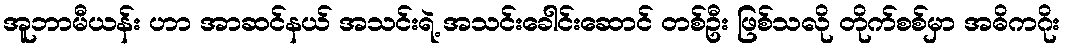
အူဘာမီယန်း ဟာ အာဆင်နယ် အသင်းရဲ့ အသင်းခေါင်းဆောင် တစ်ဦး ဖြစ်သလို တိုက်စစ်မှာ အဓိကဂိုး